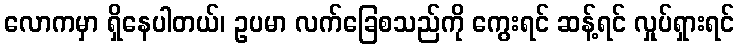
လောကမှာ ရှိနေပါတယ်၊ ဥပမာ လက်ခြေစသည်ကို ကွေးရင် ဆန့်ရင် လှုပ်ရှားရင်